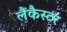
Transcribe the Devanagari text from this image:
लैंकैस्टर